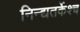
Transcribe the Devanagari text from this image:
निन्द्यतर्केश्च